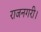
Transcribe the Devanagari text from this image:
राजनगरी।